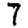
Digit: 7